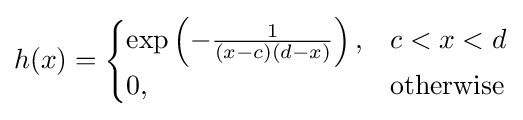
h(x)={\begin{cases}\exp \left(-{\frac {1}{(x-c)(d-x)}}\right),&c<x<d\\0,&\mathrm {otherwise} \end{cases}}